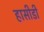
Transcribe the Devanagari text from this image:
हासीडी